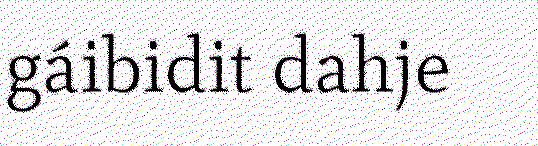
gáibidit dahje